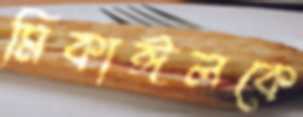
মিকাঈলকে